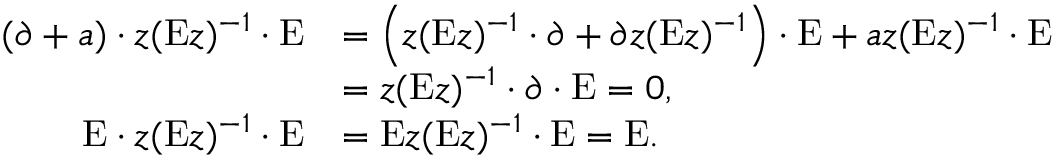
\begin{array} { r l } { ( \ensuremath { \partial } + a ) \cdot z ( \ensuremath { { \mathrm { E } } } { z } ) ^ { - 1 } \cdot \ensuremath { { \mathrm { E } } } } & { = \left( z ( \ensuremath { { \mathrm { E } } } { z } ) ^ { - 1 } \cdot \ensuremath { \partial } + \ensuremath { \partial } { z } ( \ensuremath { { \mathrm { E } } } { z } ) ^ { - 1 } \right) \cdot \ensuremath { { \mathrm { E } } } + a z ( \ensuremath { { \mathrm { E } } } { z } ) ^ { - 1 } \cdot \ensuremath { { \mathrm { E } } } } \\ & { = z ( \ensuremath { { \mathrm { E } } } { z } ) ^ { - 1 } \cdot \ensuremath { \partial } \cdot \ensuremath { { \mathrm { E } } } = 0 , } \\ { \ensuremath { { \mathrm { E } } } \cdot z ( \ensuremath { { \mathrm { E } } } { z } ) ^ { - 1 } \cdot \ensuremath { { \mathrm { E } } } } & { = \ensuremath { { \mathrm { E } } } { z } ( \ensuremath { { \mathrm { E } } } { z } ) ^ { - 1 } \cdot \ensuremath { { \mathrm { E } } } = \ensuremath { { \mathrm { E } } } . } \end{array}